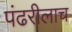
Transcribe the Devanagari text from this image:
पंढरीलाच